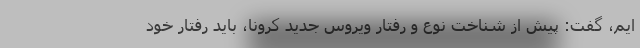
ایم، گفت: پیش از شناخت نوع و رفتار ویروس جدید کرونا، باید رفتار خود